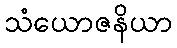
သံယောဇနိယာ